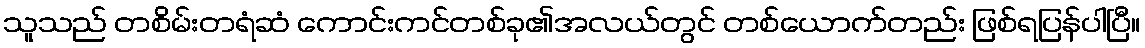
သူသည် တစိမ်းတရံဆံ ကောင်းကင်တစ်ခု၏အလယ်တွင် တစ်ယောက်တည်း ဖြစ်ရပြန်ပါပြီ။